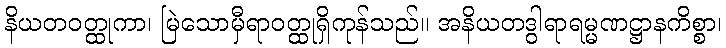
နိယတဝတ္ထုကာ၊ မြဲသောမှီရာဝတ္ထုရှိကုန်သည်။ အနိယတဒွါရာရမ္မဏဋ္ဌာနကိစ္စာ၊